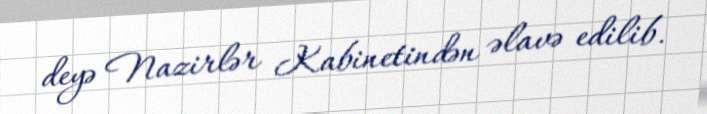
deyə Nazirlər Kabinetindən əlavə edilib.